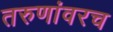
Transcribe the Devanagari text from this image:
तरुणांवरच